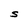
Character: S